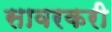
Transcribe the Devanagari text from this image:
सावरकरी